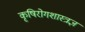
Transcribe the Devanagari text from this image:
कृषिरोगशास्त्रज्ञ